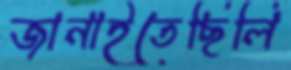
জানাইতেছিলি